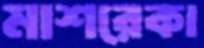
মাশরেকা